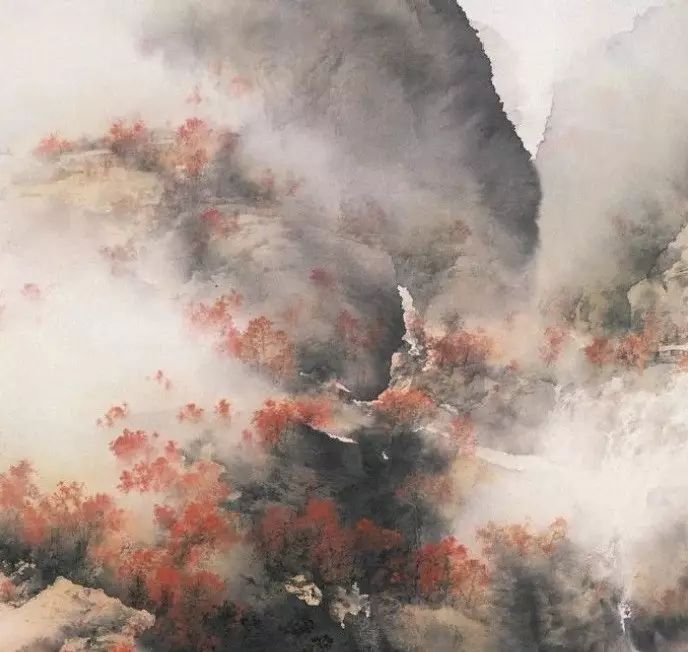
嗟险阻，叹飘零。关山万里作雄行。